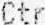
CTR